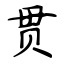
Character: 贯